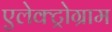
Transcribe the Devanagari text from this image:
एलेक्ट्रोग्राम